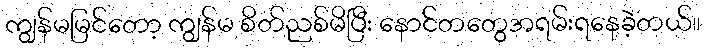
ကျွန်မမြင်တော့ ကျွန်မ စိတ်ညစ်မိပြီး နောင်တတွေအရမ်းရနေခဲ့တယ်။